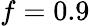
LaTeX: f=0.9